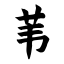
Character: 苇